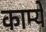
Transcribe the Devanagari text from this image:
काम्ये